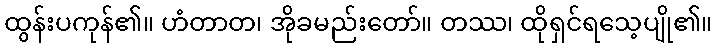
ထွန်းပကုန်၏။ ဟံတာတ၊ အိုခမည်းတော်။ တဿ၊ ထိုရှင်ရသေ့ပျို၏။